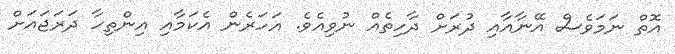
އޮތް ނަމަވެސް އޭނާއާއި ދުރަށް ދާހިތެއް ނުވިއެވެ. އަހަރެން އެކަމާއި އިންތިހާ ދަރަޖައަށް